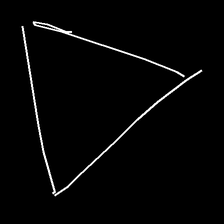
Glyph: convergence